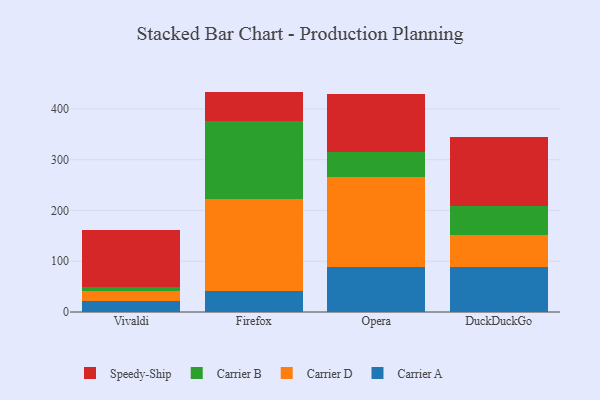
{"axis": {"x": "Browser", "y": "Market Share (%)"}, "legend": ["Carrier A", "Carrier B", "Carrier D", "Speedy-Ship"], "data": [{"x": "Vivaldi", "y": 21.3, "type": "Carrier A"}, {"x": "Vivaldi", "y": 20.4, "type": "Carrier D"}, {"x": "Vivaldi", "y": 7.1, "type": "Carrier B"}, {"x": "Vivaldi", "y": 112.9, "type": "Speedy-Ship"}, {"x": "Firefox", "y": 42.0, "type": "Carrier A"}, {"x": "Firefox", "y": 179.7, "type": "Carrier D"}, {"x": "Firefox", "y": 154.4, "type": "Carrier B"}, {"x": "Firefox", "y": 58.1, "type": "Speedy-Ship"}, {"x": "Opera", "y": 89.2, "type": "Carrier A"}, {"x": "Opera", "y": 177.5, "type": "Carrier D"}, {"x": "Opera", "y": 48.7, "type": "Carrier B"}, {"x": "Opera", "y": 113.6, "type": "Speedy-Ship"}, {"x": "DuckDuckGo", "y": 89.0, "type": "Carrier A"}, {"x": "DuckDuckGo", "y": 61.8, "type": "Carrier D"}, {"x": "DuckDuckGo", "y": 57.4, "type": "Carrier B"}, {"x": "DuckDuckGo", "y": 137.1, "type": "Speedy-Ship"}]}